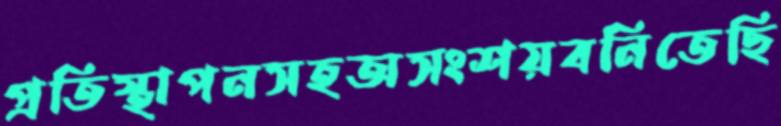
প্রতিস্থাপনসহঅসংশয়বনিতেছি